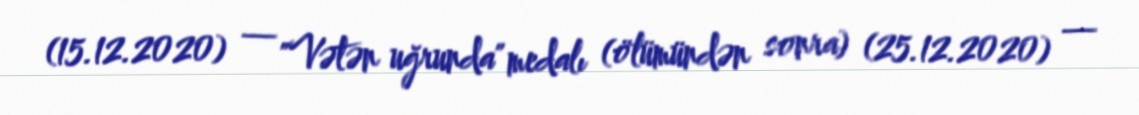
(15.12.2020) — "Vətən uğrunda" medalı (ölümündən sonra) (25.12.2020) —